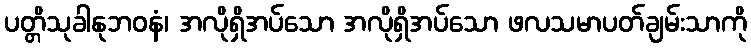
ပတ္တိသုခါနုဘဝနံ၊ အလိုရှိအပ်သော အလိုရှိအပ်သော ဖလသမာပတ်ချမ်းသာကို